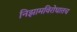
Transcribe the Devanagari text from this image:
निझामविरोधातच